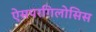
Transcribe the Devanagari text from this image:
ऐसपरगिलोसिस